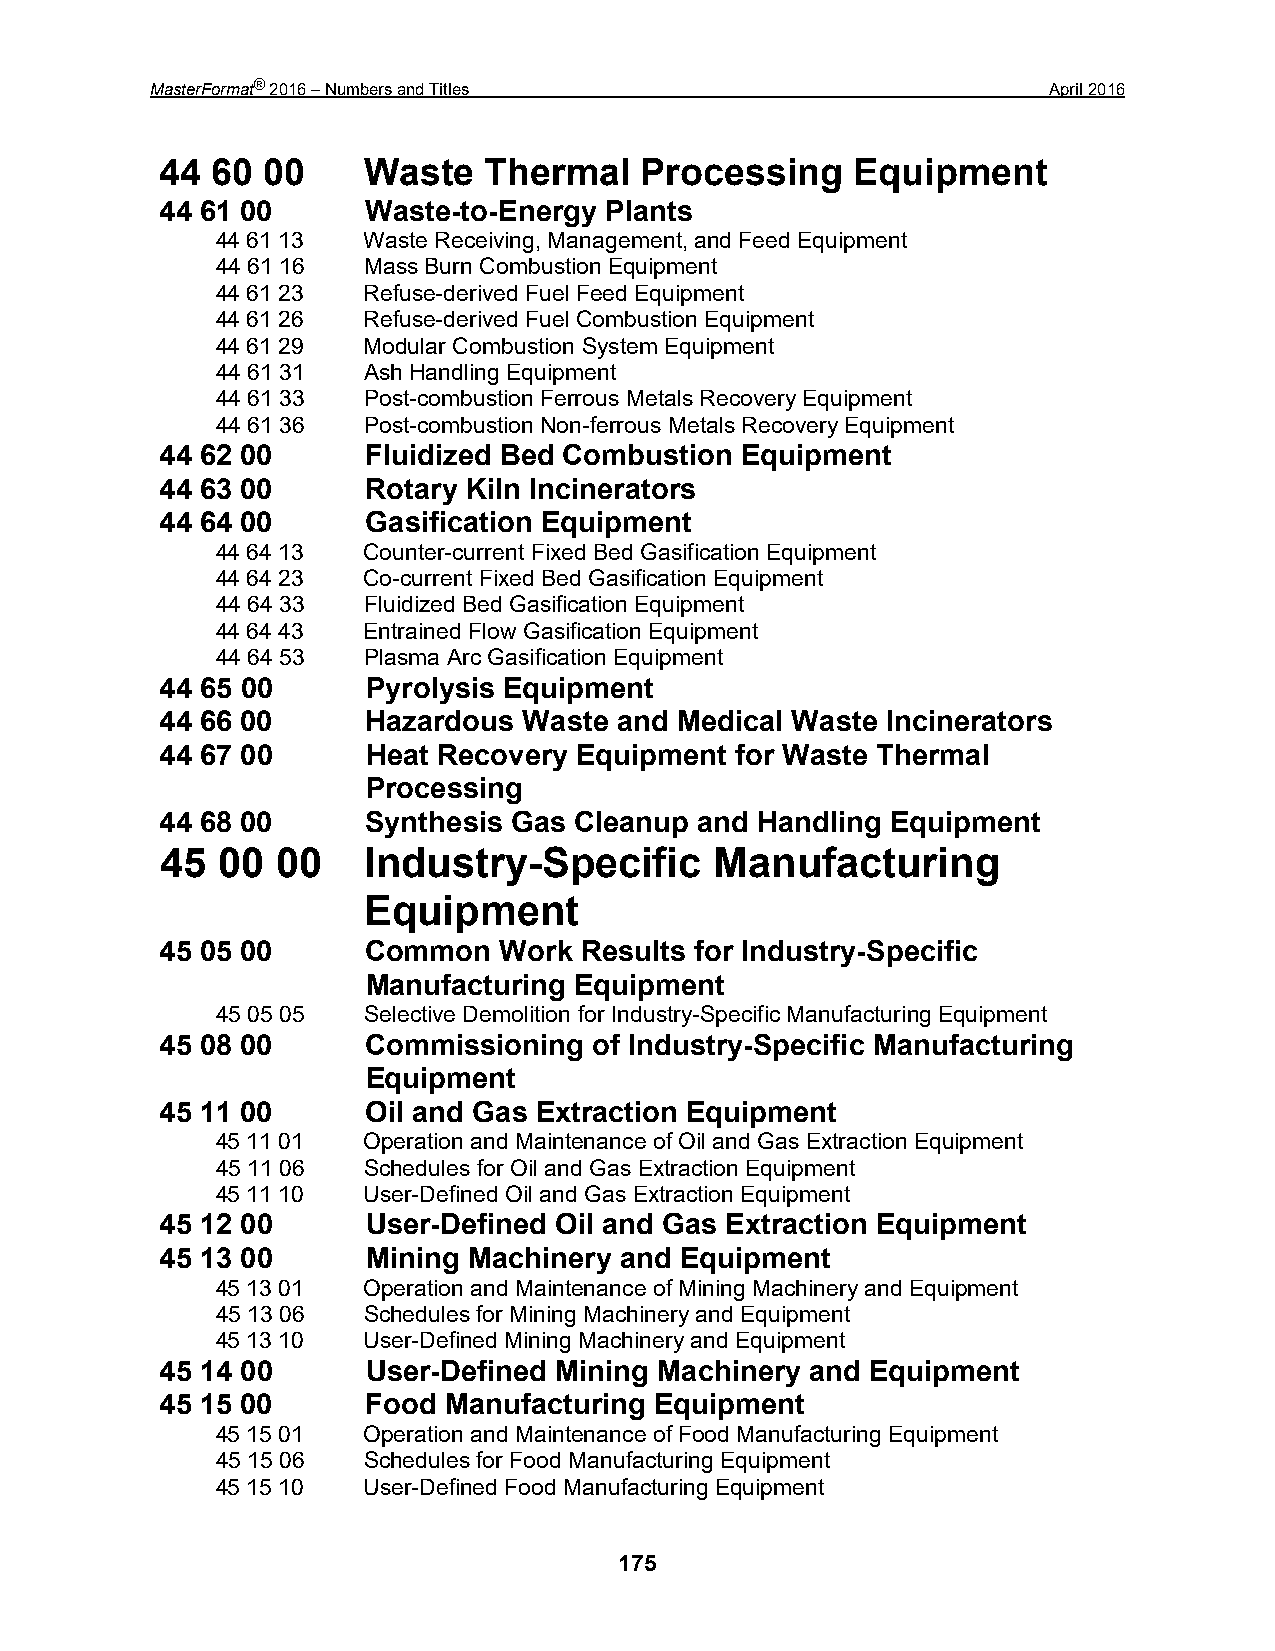
MasterFormat® 2016 – Numbers and Titles                     April 2016
 44 60 00     Waste   Thermal   Processing     Equipment
 44 61 00     Waste-to-Energy Plants
 44 61 13  Waste Receiving, Management, and Feed Equipment
 44 61 16  Mass Burn Combustion Equipment
 44 61 23  Refuse-derived Fuel Feed Equipment
 44 61 26  Refuse-derived Fuel Combustion Equipment
 44 61 29  Modular Combustion System Equipment
 44 61 31  Ash Handling Equipment
 44 61 33  Post-combustion Ferrous Metals Recovery Equipment
 44 61 36  Post-combustion Non-ferrous Metals Recovery Equipment
 44 62 00     Fluidized Bed Combustion Equipment
 44 63 00     Rotary Kiln Incinerators
 44 64 00     Gasification Equipment
 44 64 13  Counter-current Fixed Bed Gasification Equipment
 44 64 23  Co-current Fixed Bed Gasification Equipment
 44 64 33  Fluidized Bed Gasification Equipment
 44 64 43  Entrained Flow Gasification Equipment
 44 64 53  Plasma Arc Gasification Equipment
 44 65 00     Pyrolysis Equipment
 44 66 00     Hazardous  Waste and Medical Waste Incinerators
 44 67 00     Heat Recovery Equipment  for Waste Thermal
 Processing
 44 68 00     Synthesis Gas Cleanup and Handling Equipment
 45 00  00    Industry-Specific      Manufacturing
 Equipment
 45 05 00     Common   Work Results for Industry-Specific
 Manufacturing Equipment
 45 05 05  Selective Demolition for Industry-Specific Manufacturing Equipment
 45 08 00     Commissioning  of Industry-Specific Manufacturing
 Equipment
 45 11 00     Oil and Gas Extraction Equipment
 45 11 01  Operation and Maintenance of Oil and Gas Extraction Equipment
 45 11 06  Schedules for Oil and Gas Extraction Equipment
 45 11 10  User-Defined Oil and Gas Extraction Equipment
 45 12 00     User-Defined Oil and Gas Extraction Equipment
 45 13 00     Mining Machinery and Equipment
 45 13 01  Operation and Maintenance of Mining Machinery and Equipment
 45 13 06  Schedules for Mining Machinery and Equipment
 45 13 10  User-Defined Mining Machinery and Equipment
 45 14 00     User-Defined Mining Machinery and Equipment
 45 15 00     Food Manufacturing Equipment
 45 15 01  Operation and Maintenance of Food Manufacturing Equipment
 45 15 06  Schedules for Food Manufacturing Equipment
 45 15 10  User-Defined Food Manufacturing Equipment
 175